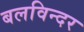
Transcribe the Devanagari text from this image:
बलविन्दर